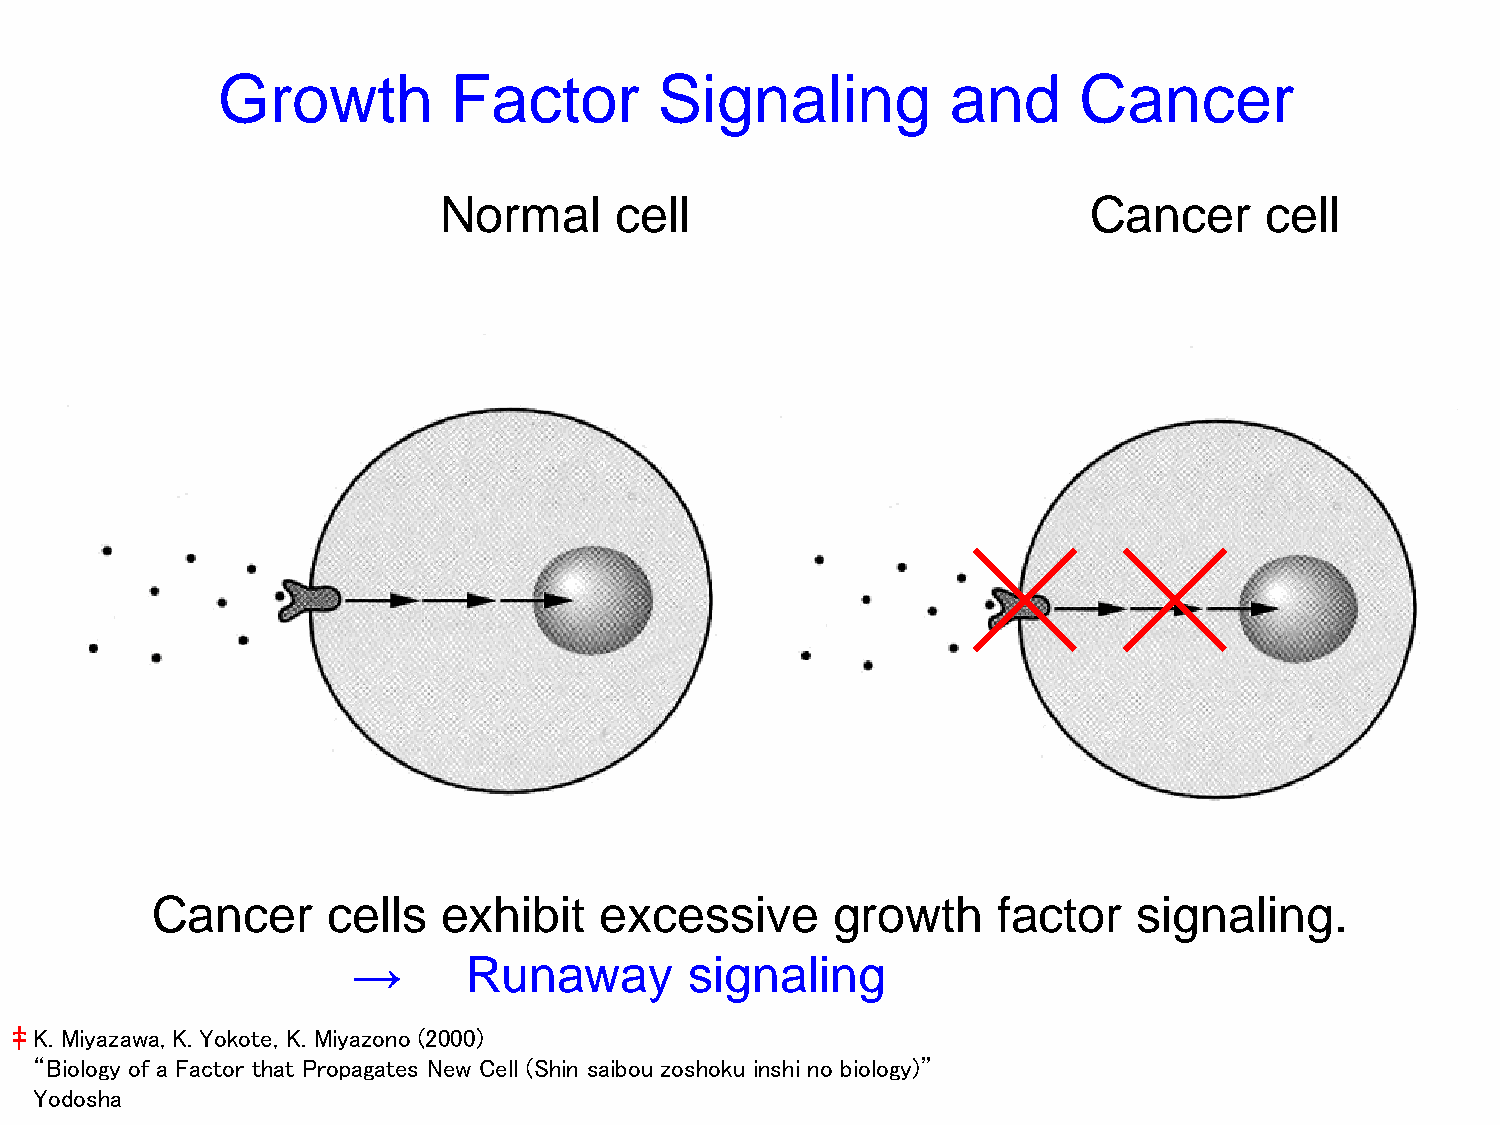
Growth          Factor        Signaling          and     Cancer
 Normal      cell                           Cancer      cell
 Cancer      cells  exhibit    excessive      growth     factor   signaling.
 →       Runaway        signaling
 ‡ K. Miyazawa , K. Yokote, K. Miyazono (2000)
 “Biology of a Factor that Propagates New Cell (Shin saibou zoshoku inshi no biology)”
 Yodosha